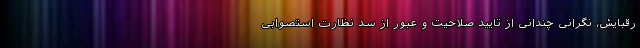
رقبایش، نگرانی چندانی از تایید صلاحیت و عبور از سد نظارت استصوابی